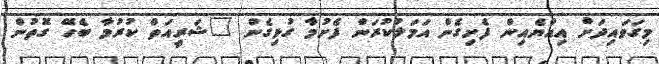
މިގަވައިދަށް އިއްޔެއިން ފެށިގެން އަމަލުކުރަން ފެށުމާ ގުޅިގެން "ޝަރީއަތް ކުރުމާ ބެހޭ ގޮތުން